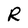
Character: R